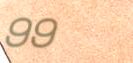
99¢